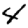
Digit: 4